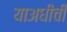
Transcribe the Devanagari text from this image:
याअधीची